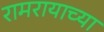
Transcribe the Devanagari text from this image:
रामरायाच्या